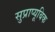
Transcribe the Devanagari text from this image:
सुप्राप्यूबिक